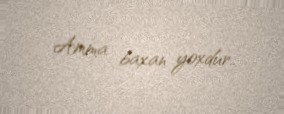
Amma baxan yoxdur..